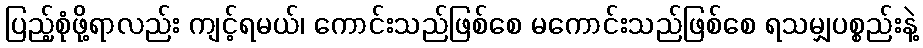
ပြည့်စုံဖို့ရာလည်း ကျင့်ရမယ်၊ ကောင်းသည်ဖြစ်စေ မကောင်းသည်ဖြစ်စေ ရသမျှပစ္စည်းနဲ့